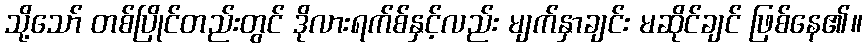
သို့သော် တစ်ပြိုင်တည်းတွင် ဒိုလားရက်စ်နှင့်လည်း မျက်နှာချင်း မဆိုင်ချင် ဖြစ်နေ၏။